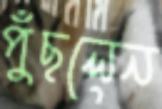
পুঁছলেন